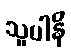
သူပါနိ